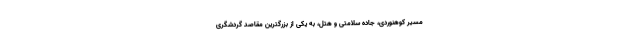
مسیر کوهنوردی، جاده سلامتی و هتل، به یکی از بزرگترین مقاصد گردشگری